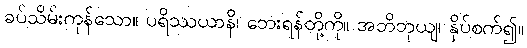
ခပ်သိမ်းကုန်သော။ ပရိဿယာနိ၊ ဘေးရန်တို့ကို။ အဘိဘုယျ၊ နှိပ်စက်၍။